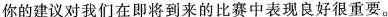
你的建议对我们在即将到来的比赛中表现良好很重要。